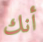
أنك